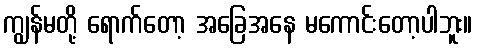
ကျွန်မတို့ ရောက်တော့ အခြေအနေ မကောင်းတော့ပါဘူး။